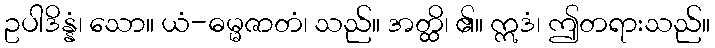
ဥပါဒိန္နံ၊ သော။ ယံ-ဓမ္မဇာတံ၊ သည်။ အတ္ထိ၊ ၏။ ဣဒံ၊ ဤတရားသည်။